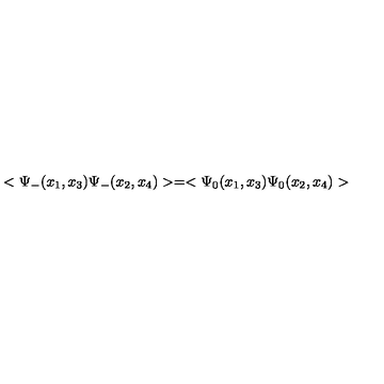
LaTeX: < \Psi _ { - } ( x _ { 1 } , x _ { 3 } ) \Psi _ { - } ( x _ { 2 } , x _ { 4 } ) > = < \Psi _ { 0 } ( x _ { 1 } , x _ { 3 } ) \Psi _ { 0 } ( x _ { 2 } , x _ { 4 } ) >